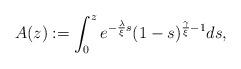
LaTeX: \begin{align*}A(z) := \int_{0}^{z}e^{ -\frac{\lambda}{\xi} s} (1-s)^{\frac{\gamma}{\xi} -1}ds ,\end{align*}